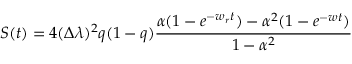
{ \cal S } ( t ) = 4 ( \Delta \lambda ) ^ { 2 } q ( 1 - q ) \frac { \alpha ( 1 - e ^ { - w _ { r } t } ) - \alpha ^ { 2 } ( 1 - e ^ { - w t } ) } { 1 - \alpha ^ { 2 } }